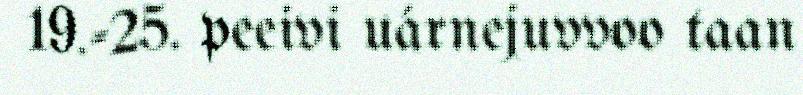
19.-25. peeivi uárnejuvvoo taan